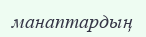
манаптардың